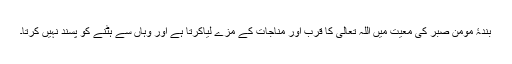
بندۂ مومن صبر کی معیت میں اللہ تعالیٰ کا قرب اور مناجات کے مزے لیاکرتا ہے اور وہاں سے ہٹنے کو پسند نہیں کرتا۔